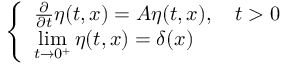
\left\{ \begin{array} { l l } { { \frac { \partial } { \partial t } } \eta ( t , x ) = A \eta ( t , x ) , \quad t > 0 } \\ { \displaystyle \operatorname* { l i m } _ { t \to 0 ^ { + } } \eta ( t , x ) = \delta ( x ) } \end{array} \right.